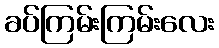
ခပ်ကြမ်းကြမ်းလေး